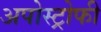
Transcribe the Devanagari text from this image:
अपोस्ट्रोफी